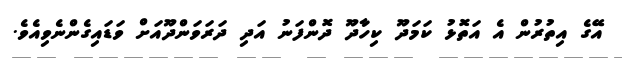
އޭގެ އިތުރުން އެ އަތޮޅު ކަމަދޫ ކިހާދޫ ދޮންފަނު އަދި ދަރަވަންދޫއަށް ވަޑައިގެންނެވިއެވެ.